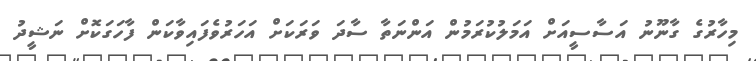
މިހާރުގެ ގާނޫނު އަސާސީއަށް އަމަލުކުރަމުން އަންނަތާ ސާދަ ވަރަކަށް އަހަރުވެފައިވާކަން ފާހަގަކޮށް ނަޝީދު